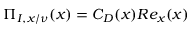
\Pi _ { I , x / \nu } ( x ) = C _ { D } ( x ) R e _ { x } ( x )